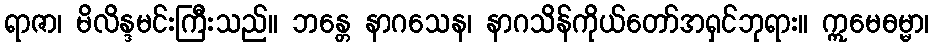
ရာဇာ၊ မိလိန္ဒမင်းကြီးသည်။ ဘန္တေ နာဂသေန၊ နာဂသိန်ကိုယ်တော်အရှင်ဘုရား။ ဣမေဓမ္မာ၊